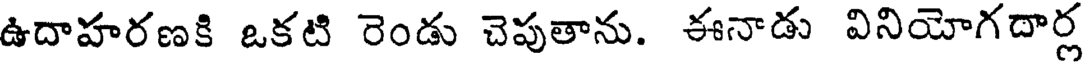
ఉదాహరణకి ఒకటి రెండు చెపుతాను. ఈనాడు వినియోగదార్ల